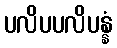
ပလိပပလိပန္နံ